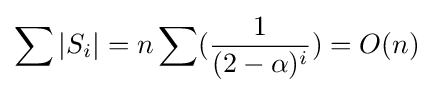
\sum |S_{i}|=n\sum ({\dfrac {1}{(2-\alpha )^{i}}})=O(n)